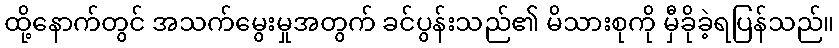
ထို့နောက်တွင် အသက်မွေးမှုအတွက် ခင်ပွန်းသည်၏ မိသားစုကို မှီခိုခဲ့ရပြန်သည်။